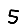
Digit: 5